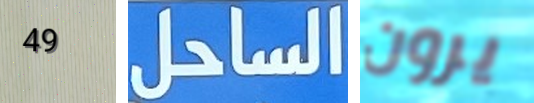
49 الساحل يرون